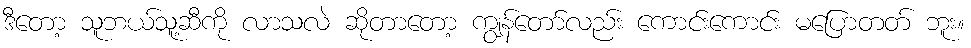
ဒီတော့ သူဘယ်သူ့ဆီကို လာသလဲ ဆိုတာတော့ ကျွန်တော်လည်း ကောင်းကောင်း မပြောတတ် ဘူး။